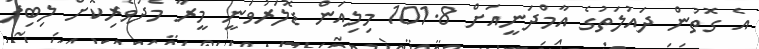
އެ ގޮތުން ދައުލަތުގެ އާމްދަނީއަށް 101.8 މިލިއަން ޑޮލަރުވަނީ މީރާ މެދުވެރިކޮށް ލިބިފަ